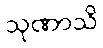
သုဏာသိ